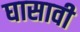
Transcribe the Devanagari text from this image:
घासावी